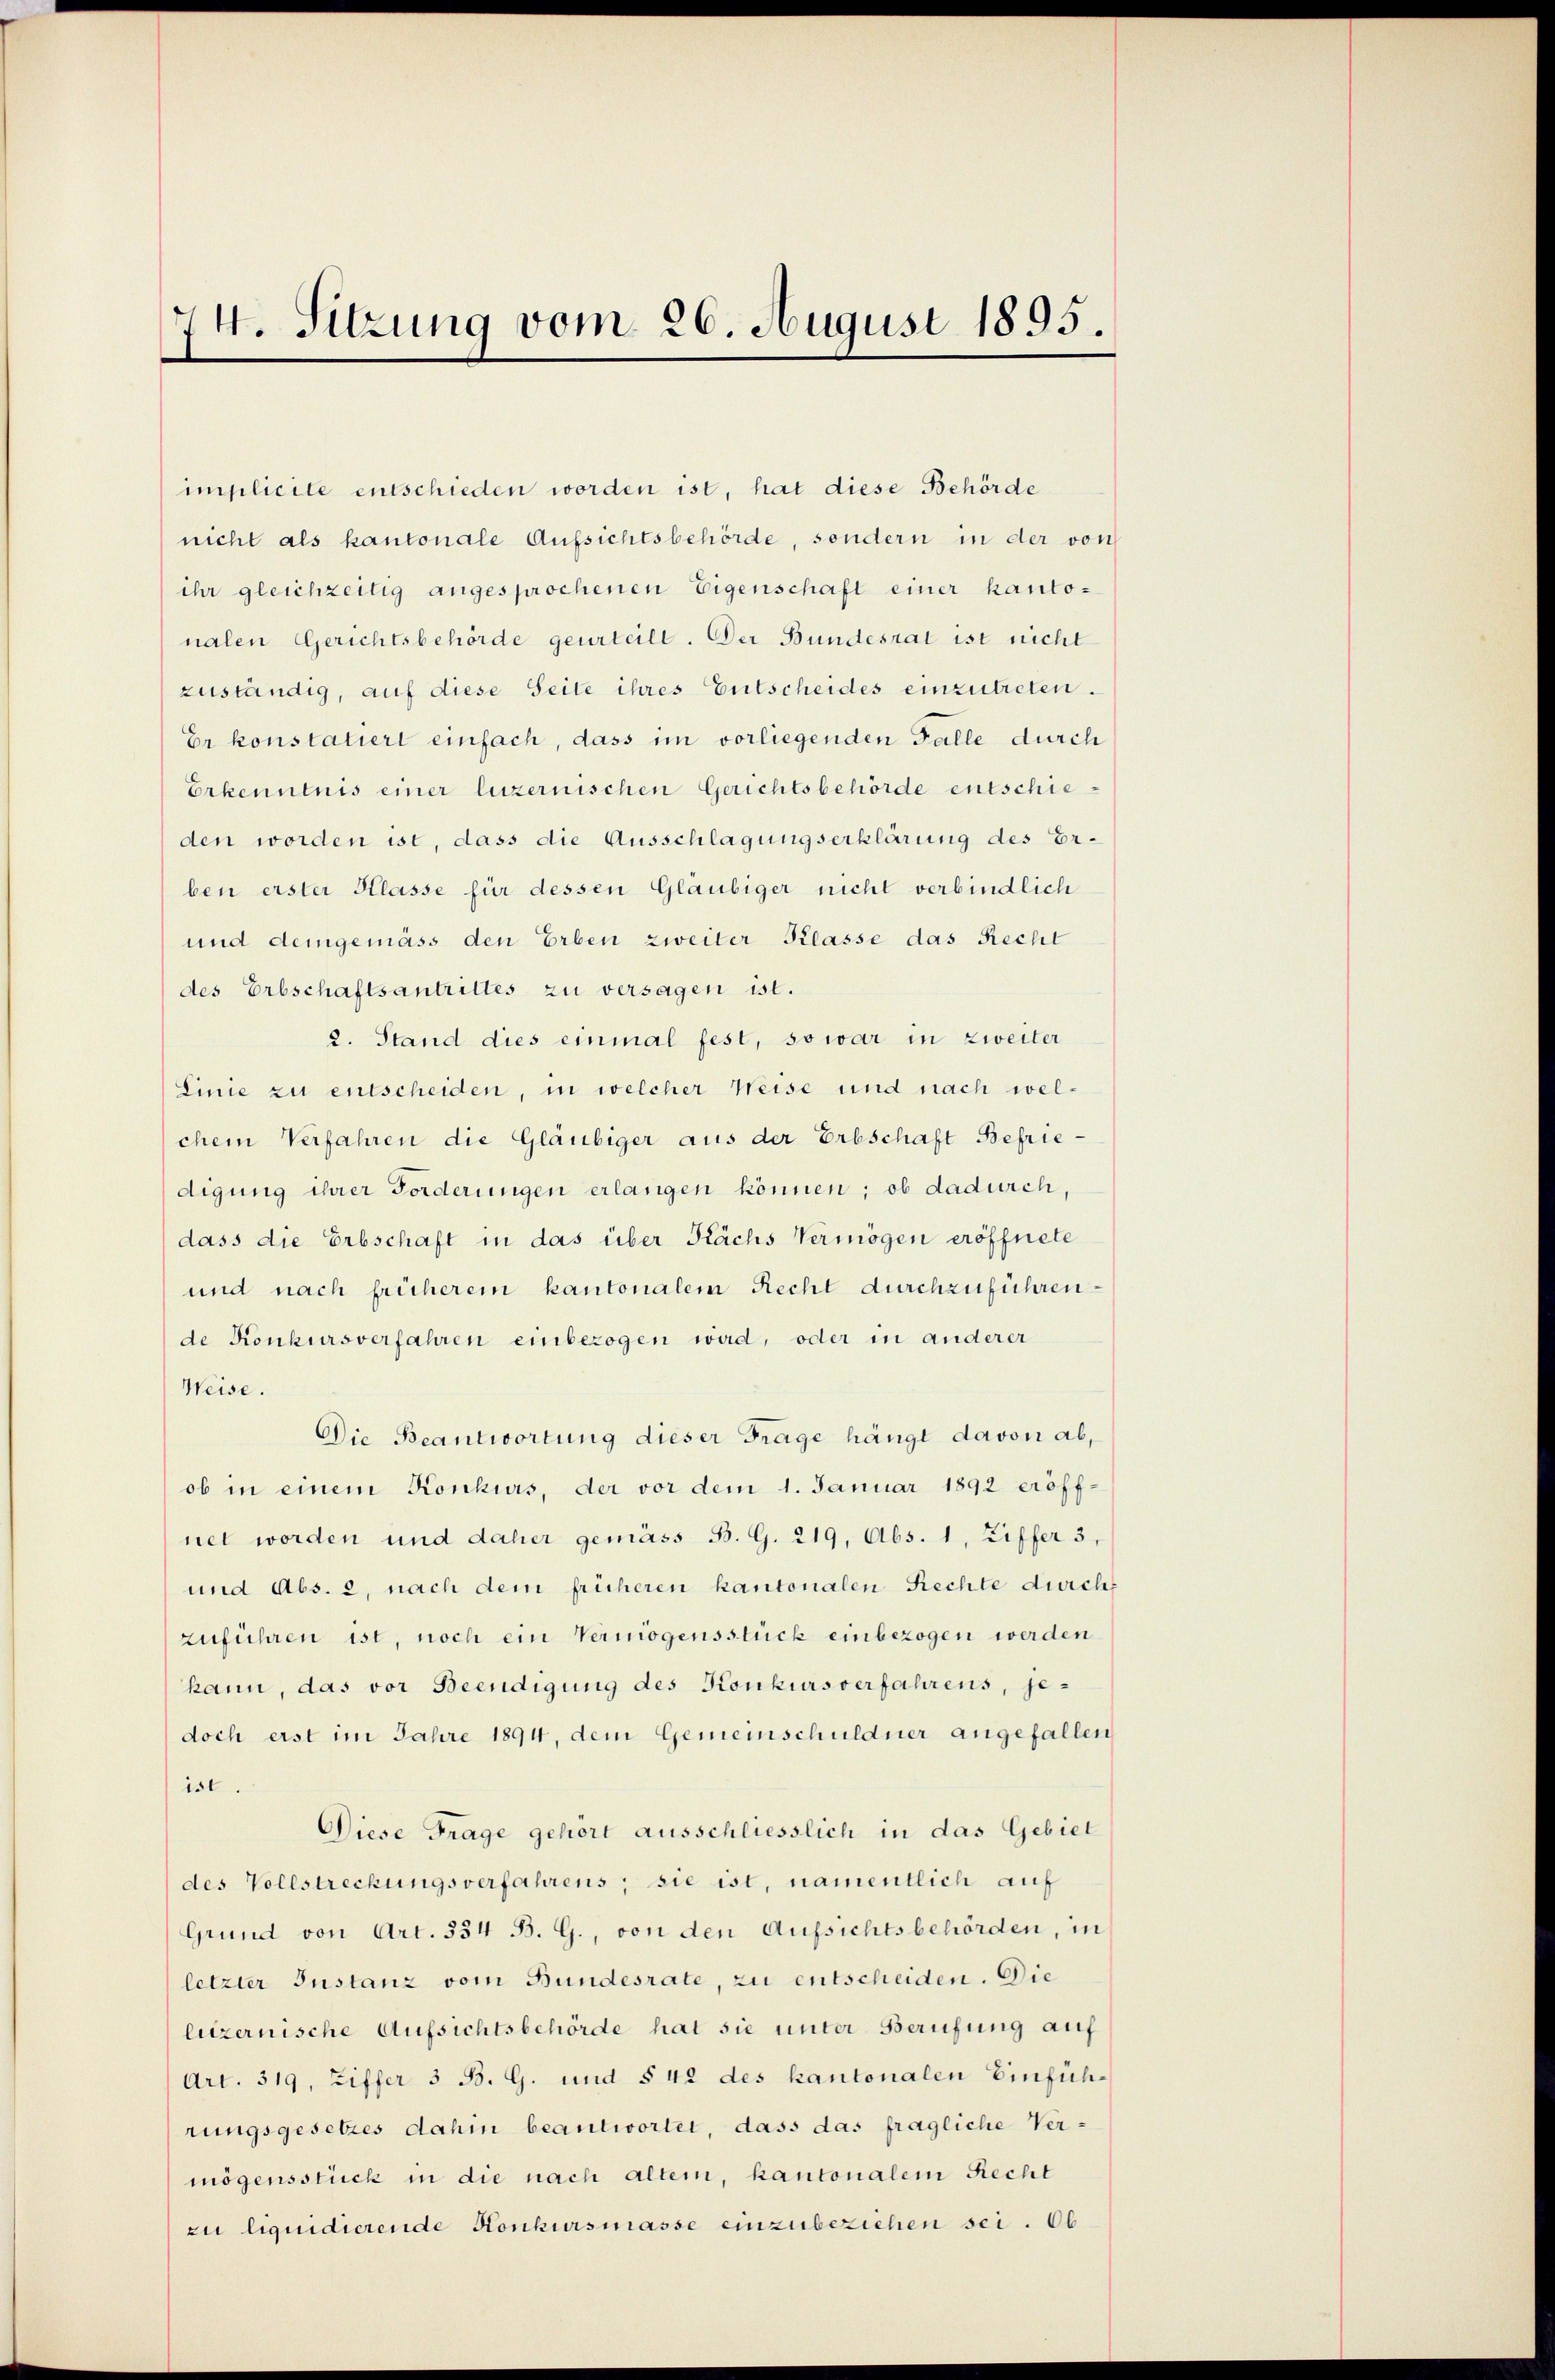
74. Sitzung vom 26. August 1895.

implicite entschieden worden ist, hat diese Behörde
nicht als kantonale Aufsichtsbehörde, sondern in der von
ihr gleichzeitig angesprochenen Eigenschaft einer kantonalen Gerichtsbehörde geurteilt. Der Bundesrat ist nicht
zuständig, auf diese Seite ihres Entscheides einzutreten.
Er konstatiert einfach, dass im vorliegenden Falle durch
Erkenntnis einer luzernischen Gerichtsbehörde entschieden worden ist, dass die Ausschlagungserklärung des Erben erster Klasse für dessen Gläubiger nicht verbindlich
und demgemäss den Erben zweiter Klasse das Recht
des Erbschaftsantrittes zu versagen ist.
2. Stand dies einmal fest, so war in zweiter
Linie zu entscheiden, in welcher Weise und nach welchem Verfahren die Gläubiger aus der Erbschaft Befriedigung ihrer Forderungen erlangen können; ob dadurch,
dass die Erbschaft in das über Kachs Vermögen eröffnete
und nach früherem kantonalem Recht durchzuführen
de Konkursverfahren einbezogen wird, oder in anderer
Weise.
Die Beantwortung dieser Frage hängt davon ab,
ob in einem Konkurs, der vor dem 1. Januar 1892 eröffnet worden und daher gemäss B. G. 219, Abs. 1, Ziffer 3,
und Abs. 2, nach dem früheren kantonalen Rechte durcht
zuführen ist, noch ein Vermögensstück einbezogen werden
kann, das vor Beendigung des Konkursverfahrens, jedoch erst im Jahre 1894, dem Gemeinschuldner angefallen
ist.
Diese Frage gehört ausschliesslich in das Gebiet
des Vollstreckungsverfahrens; sie ist, namentlich auf
Grund von Art. 534 B. G., von den Aufsichtsbehörden, in
letzter Instanz vom Bundesrate, zu entscheiden. Die
luzernische Aufsichtsbehörde hat sie unter Berufung auf
Art. 319, Ziffer 3 B. G. und § 42 des kantonalen Einführungsgesetzes dahin beantwortet, dass das fragliche Ver-
mögensstück in die nach altem, kantonalem Recht
zu liquidierende Konkursmasse einzubeziehen sei. Ob